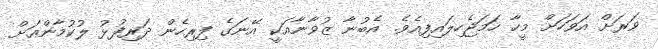
ވަރަށް އަވަހަށް މީހާ ހަމަޖެހިލައިފިއެވެ. އެބުނާ ޒުވާނާއަކީ އޭނަގެ ފިރިހެން ދަރިފުޅު ލުކުމާންއަށް